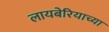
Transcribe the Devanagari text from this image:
लायबेरियाच्या